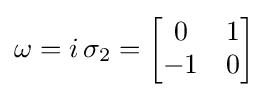
\omega =i\,\sigma _{2}={\begin{bmatrix}0&1\\-1&0\end{bmatrix}}~